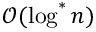
\mathcal { O } ( \log ^ { * } n )